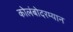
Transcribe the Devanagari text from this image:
कोलंबोदरम्यान